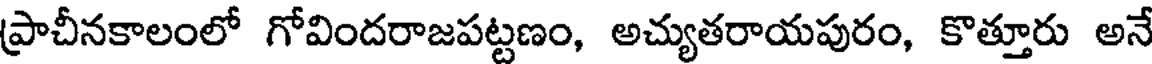
ప్రాచీనకాలంలో గోవిందరాజపట్టణం, అచ్యుతరాయపురం, కొత్తూరు అనే